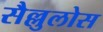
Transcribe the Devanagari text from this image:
सैल्लुलोस